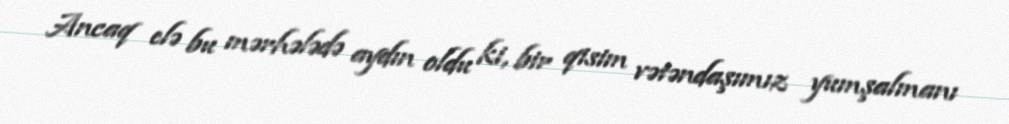
Ancaq elə bu mərhələdə aydın oldu ki, bir qisim vətəndaşımız yumşalmanı